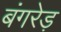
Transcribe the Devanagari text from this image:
बंगरेड़